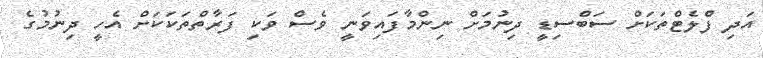
އަދި ފްލެޓްތަކަށް ސަބްސިޑީ ދިނުމަށް ނިންމާފައިވަނީ ވެސް ވަކި ފަރާތްތަކަކަށް އެހީ ދިނުމުގެ